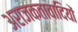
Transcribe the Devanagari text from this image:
अराजकतावादियों